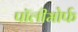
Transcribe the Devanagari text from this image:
पॉलीमोर्फ